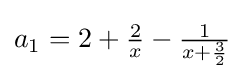
{\textstyle a_{1}=2+{\frac {2}{x}}-{\frac {1}{x+{\frac {3}{2}}}}}